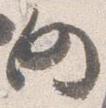
仍